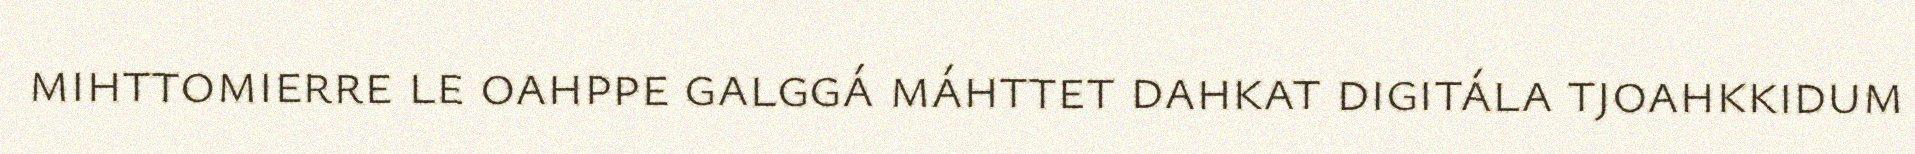
mihttomierre le oahppe galggá máhttet dahkat digitála tjoahkkidum